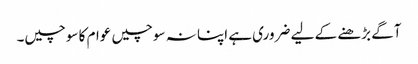
آگے بڑھنے کے لیے ضروری ہے اپنا نہ سوچیں عوام کا سوچیں۔